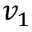
v _ { 1 }